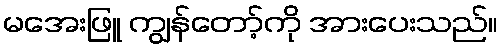
မအေးဖြူ ကျွန်တော့်ကို အားပေးသည်။